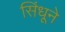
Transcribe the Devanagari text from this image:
सिंधूने